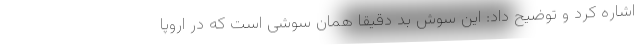
اشاره کرد و توضیح داد: این سوش بد دقیقا همان سوشی است که در اروپا